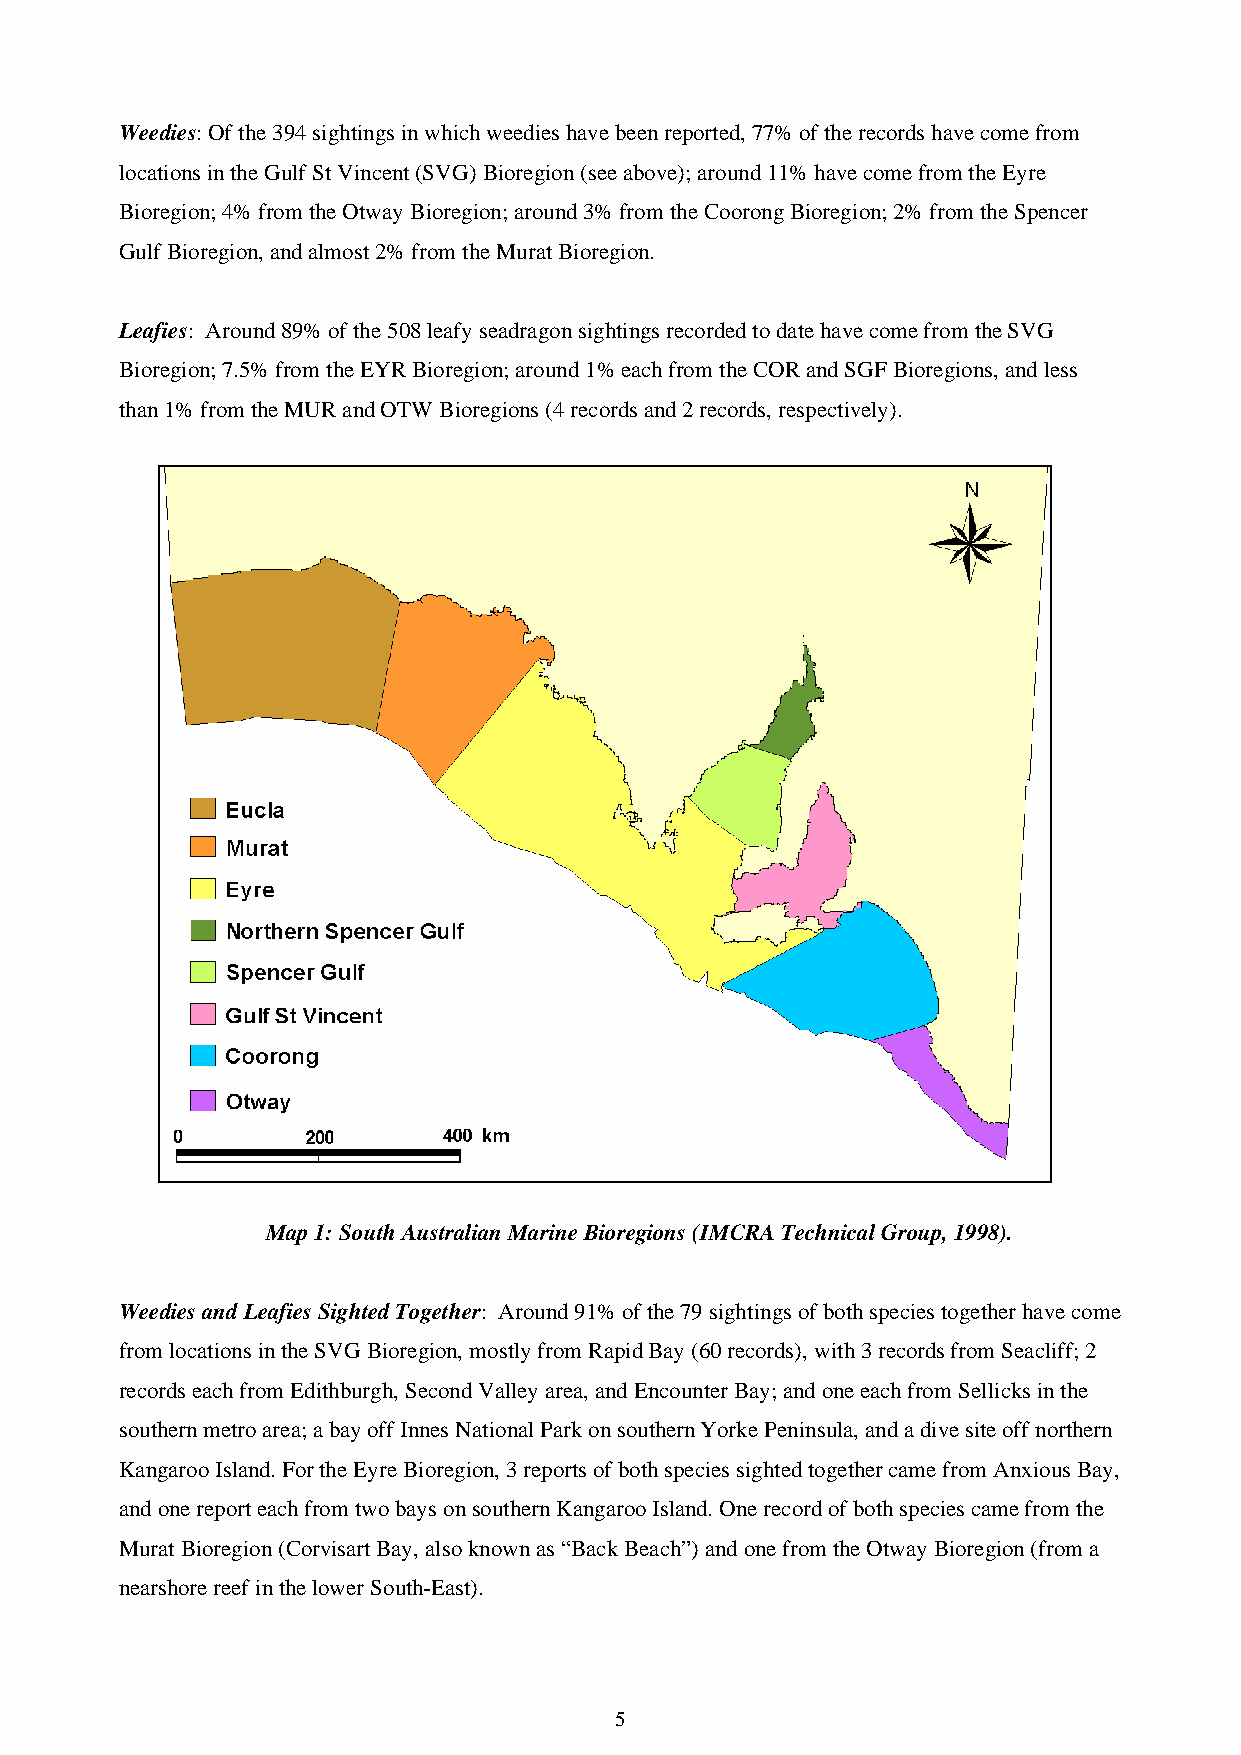
Weedies: Of the 394 sightings in which weedies have been reported, 77% of the records have come from
 locations in the Gulf St Vincent (SVG) Bioregion (see above); around 11% have come from the Eyre
 Bioregion; 4% from the Otway Bioregion; around 3% from the Coorong Bioregion; 2% from the Spencer
 Gulf Bioregion, and almost 2% from the Murat Bioregion.
 Leafies: Around 89% of the 508 leafy seadragon sightings recorded to date have come from the SVG
 Bioregion; 7.5% from the EYR Bioregion; around 1% each from the COR and SGF Bioregions, and less
 than 1% from the MUR and OTW Bioregions (4 records and 2 records, respectively).
 Map 1: South Australian Marine Bioregions (IMCRA Technical Group, 1998).
 Weedies and Leafies Sighted Together: Around 91% of the 79 sightings of both species together have come
 from locations in the SVG Bioregion, mostly from Rapid Bay (60 records), with 3 records from Seacliff; 2
 records each from Edithburgh, Second Valley area, and Encounter Bay; and one each from Sellicks in the
 southern metro area; a bay off Innes National Park on southern Yorke Peninsula, and a dive site off northern
 Kangaroo Island. For the Eyre Bioregion, 3 reports of both species sighted together came from Anxious Bay,
 and one report each from two bays on southern Kangaroo Island. One record of both species came from the
 Murat Bioregion (Corvisart Bay, also known as “Back Beach”) and one from the Otway Bioregion (from a
 nearshore reef in the lower South-East).
 5